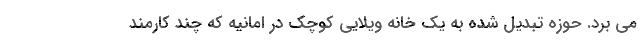
می برد. حوزه تبدیل شده به یک خانه ویلایی کوچک در امانیه که چند کارمند